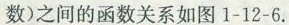
数)之间的函数关系如图1-12-6.